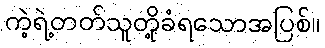
ကဲ့ရဲ့တတ်သူတို့ခံရသောအပြစ်။